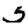
Digit: 5